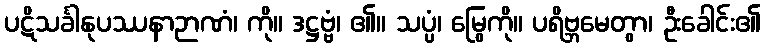
ပဋိသင်္ခါနုပဿနာဉာဏံ၊ ကို။ ဒဋ္ဌဗ္ဗံ၊ ၏။ သပ္ပံ၊ မြွေကို။ ပရိဗ္ဘမေတွာ၊ ဦးခေါင်း၏